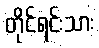
တိုင်ရင်းသား